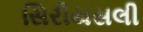
સિરીયસલી